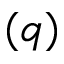
( q )